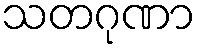
သတဂုဏာ